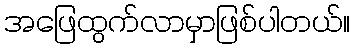
အဖြေထွက်လာမှာဖြစ်ပါတယ်။